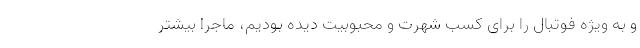
و به ویژه فوتبال را برای کسب شهرت و محبوبیت دیده بودیم، ماجرا بیشتر